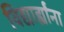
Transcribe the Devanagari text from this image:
विद्यार्ह्यांना